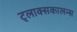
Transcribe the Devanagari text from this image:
ट्लाक्सकालन्स